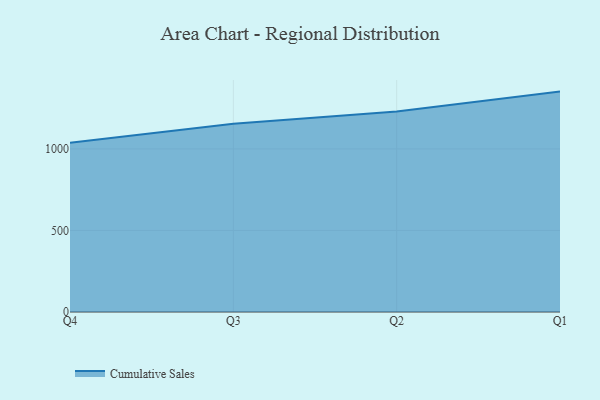
{"axis": {"x": "Quarter", "y": "Gross Profit (USD K)"}, "legend": ["Cumulative Sales"], "data": [{"x": "Q4", "y": 1037.6, "type": "Cumulative Sales"}, {"x": "Q3", "y": 1154.2, "type": "Cumulative Sales"}, {"x": "Q2", "y": 1229.8, "type": "Cumulative Sales"}, {"x": "Q1", "y": 1351.4, "type": "Cumulative Sales"}]}